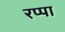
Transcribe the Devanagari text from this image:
रप्पा